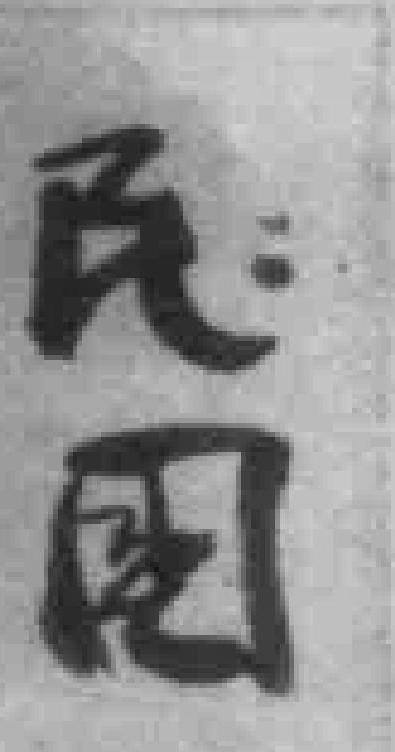
民國